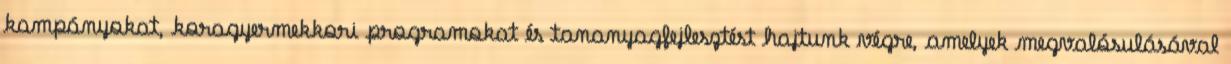
kampányokat, koragyermekkori programokat és tananyagfejlesztést hajtunk végre, amelyek megvalósulásával